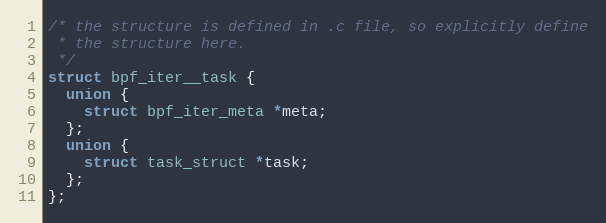
Language: C++
/* the structure is defined in .c file, so explicitly define
 * the structure here.
 */
struct bpf_iter__task {
  union {
    struct bpf_iter_meta *meta;
  };
  union {
    struct task_struct *task;
  };
};